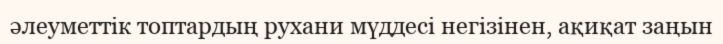
әлеуметтік топтардың рухани мүддесі негізінен, ақиқат заңын